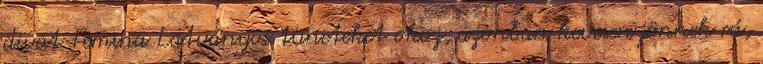
divat Femina Látványos tüneteket okoz, azonban kevesen jönnek rá,